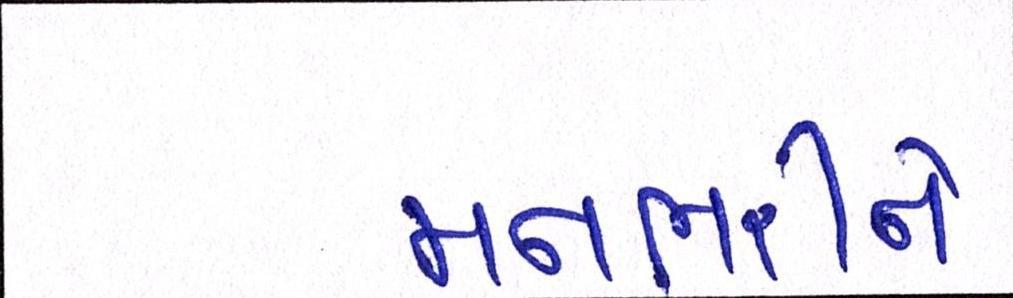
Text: મનભરીને